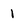
Character: 1